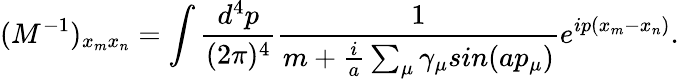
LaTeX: (M^{-1})_{x_{m}x_{n}}=\int\frac{d^{4}p}{(2{\pi})^{4}}\frac{1}{m+\frac{i}{a}\sum_{\mu}{\gamma}_{\mu}sin(ap_{\mu})}e^{ip(x_{m}-x_{n})}.